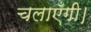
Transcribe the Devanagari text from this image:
चलाएँगी।